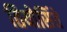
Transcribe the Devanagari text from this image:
तियोसिंते